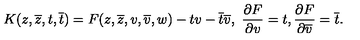
K ( z , \overline { { z } } , t , \overline { { t } } ) = F ( z , \overline { { z } } , v , \overline { { v } } , w ) - t v - \overline { { t } } \overline { { v } } , \ \frac { \partial F } { \partial v } = t , \frac { \partial F } { \partial \overline { { v } } } = \overline { { t } } .